Indian Civil Veterinary Department memoirs
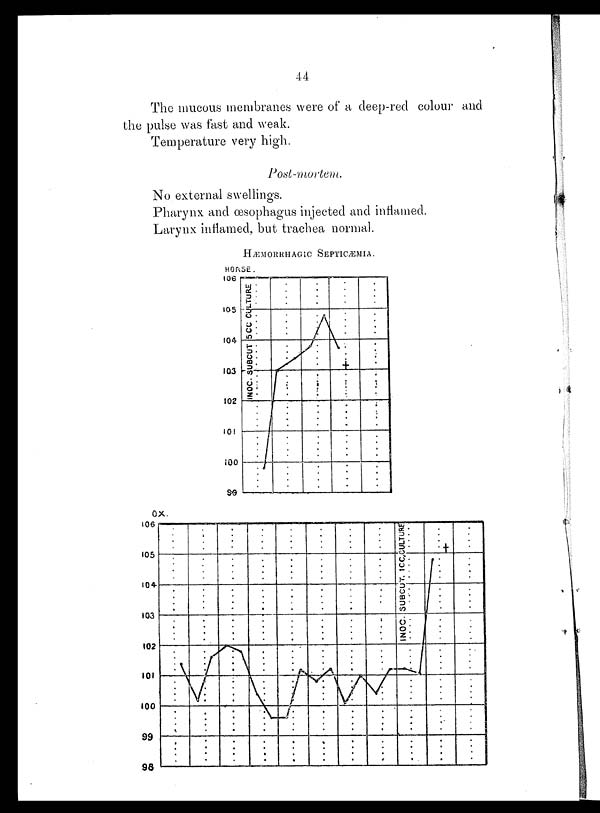
44
The mucous membranes were of a deep-red colour and
the pulse was fast and weak.
Temperature very high.
Post-mortem.
No external swellings.
Pharynx and œsophagus injected and inflamed.
Larynx inflamed, but trachea normal.
HÆMORRHAGIC
SEPTICÆMIA.